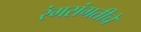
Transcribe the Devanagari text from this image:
रंगसंगतीचे